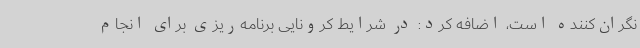
نگران‌کننده است، اضافه کرد: در شرایط کرونایی برنامه‌ریزی برای انجام